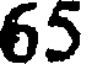
65